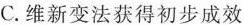
C.维新变法获得初步成效